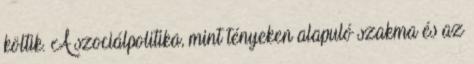
költik. A szociálpolitika, mint tényeken alapuló szakma és az